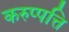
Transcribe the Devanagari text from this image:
करुप्पत्ति